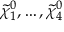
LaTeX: { \tilde { \chi } } _ { 1 } ^ { 0 } , \ldots , { \tilde { \chi } } _ { 4 } ^ { 0 }